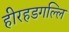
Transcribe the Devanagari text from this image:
हीरहडगल्लि